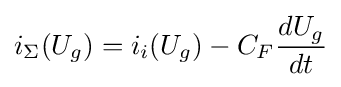
i_{\Sigma }(U_{g})=i_{i}(U_{g})-C_{F}{\frac {dU_{g}}{dt}}